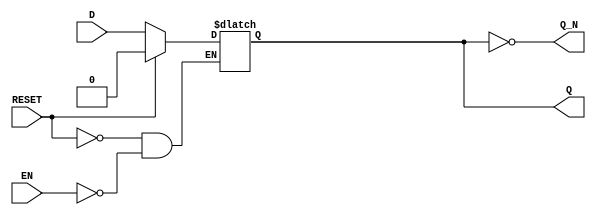
module latch_register (
    input wire D,         // Data Input
    input wire EN,        // Enable Signal
    input wire RESET,     // Asynchronous Reset
    output reg Q,         // Output
    output wire Q_N       // Inverted Output
);

    // Inverted output
    assign Q_N = ~Q;

    // Latch behavior
    always @(*) begin
        if (RESET) begin
            Q <= 1'b0;     // Reset output to 0
        end else if (EN) begin
            Q <= D;        // Update output with data input
        end
        // If EN is low and RESET is not active, Q retains its previous state
    end

endmodule